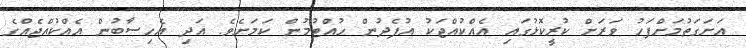
އަށަގަތުމަށްފަހު ވަރަށް ކުރީކޮޅުގައި އެއްކުއްޖަކު އުފެދުން ހުއްޓުމުން ކަމަށެވެ. އަދި އެހިސާބުން އެއްކުއްޖެއްގެ